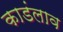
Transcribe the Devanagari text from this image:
काडंलाव